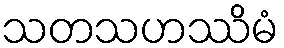
သတသဟဿိမံ